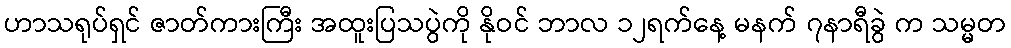
ဟာသရုပ်ရှင် ဇာတ်ကားကြီး အထူးပြသပွဲကို နိုဝင် ဘာလ ၁၂ရက်နေ့ မနက် ၇နာရီခွဲ က သမ္မတ